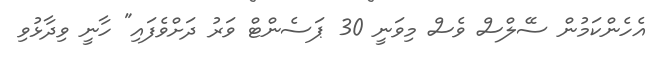
އެހެންކަމުން ސޭލްސް ވެސް މިވަނީ 30 ޕަސެންޓް ވަރު ދަށްވެފައި" ހާނީ ވިދާޅުވި